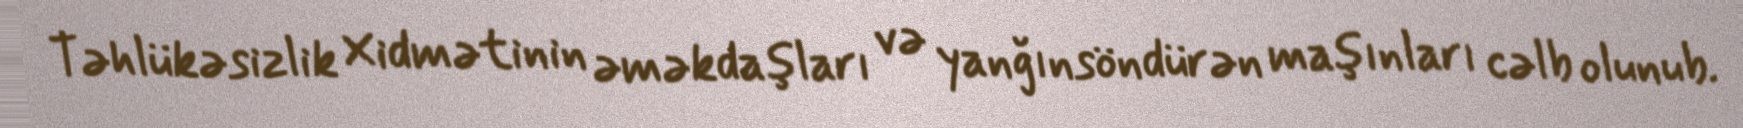
Təhlükəsizlik Xidmətinin əməkdaşları və yanğınsöndürən maşınları cəlb olunub.